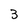
Character: 3